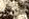
يجب